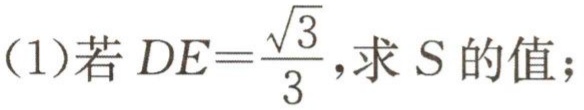
(1)若\(DE = \frac{\sqrt{3}}{3}\)，求\(S\)的值；